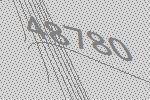
48780